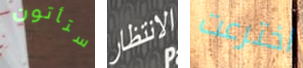
ستأتون الانتظار اخترعت